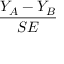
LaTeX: \frac { Y _ { A } - Y _ { B } } { S E }